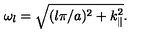
\omega _ { l } = \sqrt { ( l \pi / a ) ^ { 2 } + k _ { \| } ^ { 2 } } .